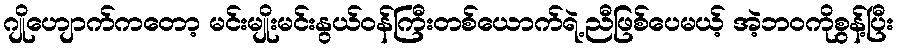
ဂျိုဟျောက်ကတော့ မင်းမျိုးမင်းနွယ်ဝန်ကြီးတစ်ယောက်ရဲ့ညီဖြစ်ပေမယ့် အဲ့ဘဝကိုစွန့်ပြီး